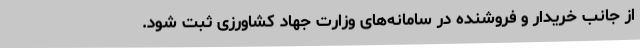
از جانب خریدار و فروشنده در سامانه‌های وزارت جهاد کشاورزی ثبت شود.